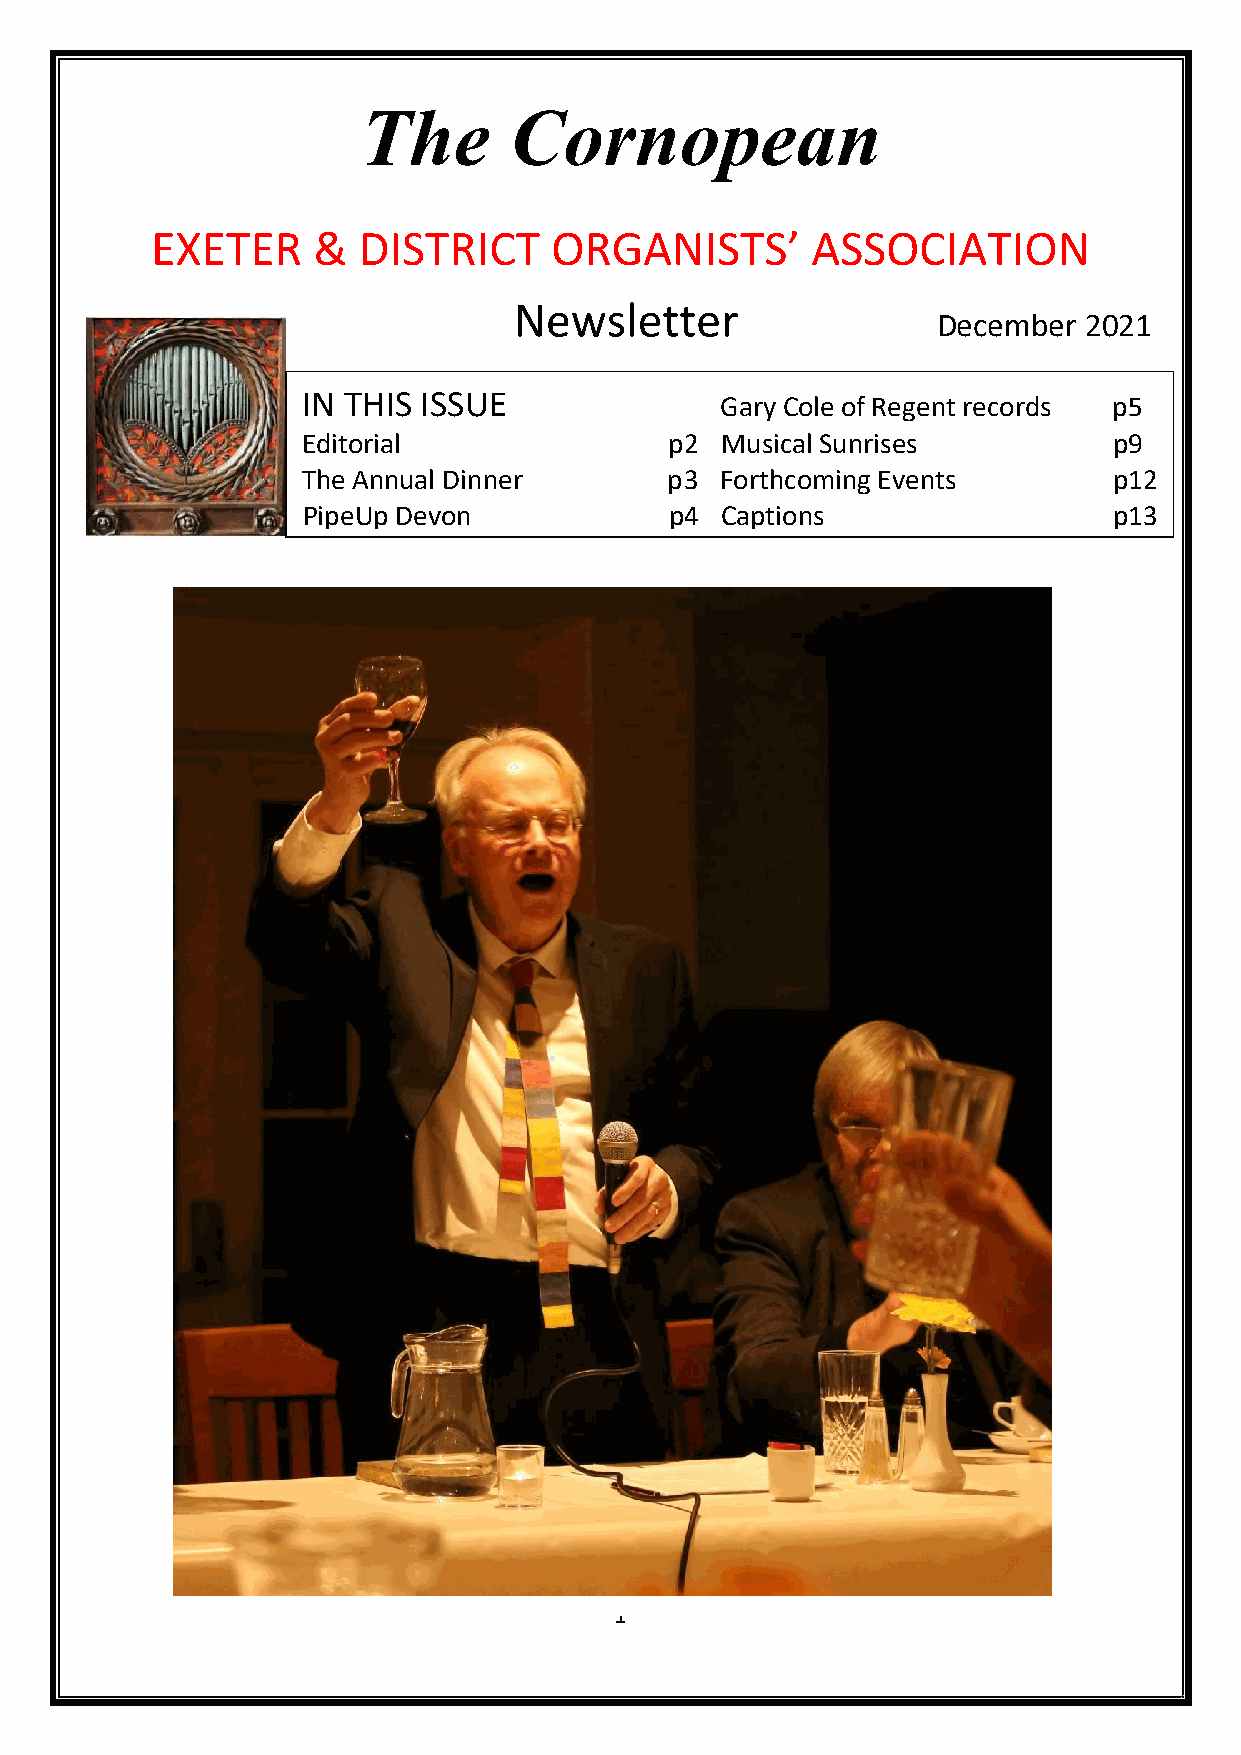
The       Cornopean
 EXETER     &  DISTRICT    ORGANISTS’        ASSOCIATION
 Newsletter
 December  2021
 IN THIS ISSUE               Gary Cole of Regent records p5
 Editorial               p2  Musical Sunrises          p9
 The Annual Dinner       p3  Forthcoming Events        p12
 PipeUp Devon            p4  Captions                  p13
 1